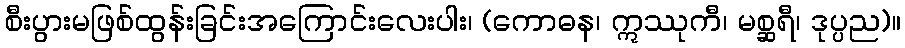
စီးပွားမဖြစ်ထွန်းခြင်းအကြောင်းလေးပါး၊ (ကောဓန၊ ဣဿုကီ၊ မစ္ဆရီ၊ ဒုပ္ပည)။